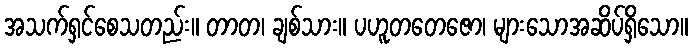
အသက်ရှင်စေသတည်း။ တာတ၊ ချစ်သား။ ပဟူတတေဇော၊ များသောအဆိပ်ရှိသော။